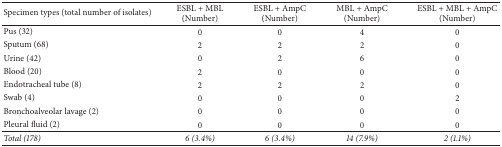
<table><thead><tr><td><b>Specimen types (total number of isolates)</b></td><td><b>ESBL + MBL (Number)</b></td><td><b>ESBL + AmpC (Number)</b></td><td><b>MBL + AmpC (Number)</b></td><td><b>ESBL + MBL + AmpC (Number)</b></td></tr></thead><tbody><tr><td>Pus (32)</td><td>0</td><td>0</td><td>4</td><td>0</td></tr><tr><td>Sputum (68)</td><td>2</td><td>2</td><td>2</td><td>0</td></tr><tr><td>Urine (42)</td><td>0</td><td>2</td><td>6</td><td>0</td></tr><tr><td>Blood (20)</td><td>2</td><td>0</td><td>0</td><td>0</td></tr><tr><td>Endotracheal tube (8)</td><td>2</td><td>2</td><td>2</td><td>0</td></tr><tr><td>Swab (4)</td><td>0</td><td>0</td><td>0</td><td>2</td></tr><tr><td>Bronchoalveolar lavage (2)</td><td>0</td><td>0</td><td>0</td><td>0</td></tr><tr><td>Pleural fluid (2)</td><td>0</td><td>0</td><td>0</td><td>0</td></tr><tr><td><i>Total (178)</i></td><td><i>6 (3.4</i>%)</td><td><i>6 (3.4</i>%)</td><td><i>14 (7.9</i>%)</td><td><i>2 (1.1</i>%)</td></tr></tbody></table>